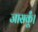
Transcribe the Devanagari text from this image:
जासकूँ।